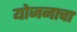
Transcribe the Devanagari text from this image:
योजनाचा